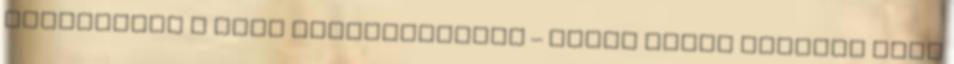
kezdhetett a Loki kezdőjátékosa – VIDEÓ Cikos kezéről csak